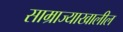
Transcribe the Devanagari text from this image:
साम्राज्याखालील